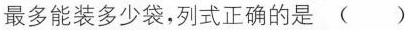
最多能装多少袋，列式正确的是（）